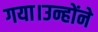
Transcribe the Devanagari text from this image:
गया।उन्होंने